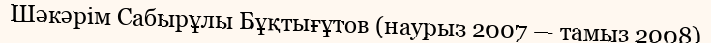
Шәкәрім Сабырұлы Бұқтығұтов (наурыз 2007 — тамыз 2008)